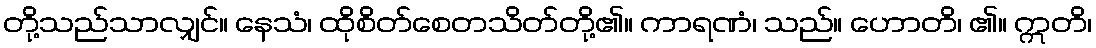
တို့သည်သာလျှင်။ နေသံ၊ ထိုစိတ်စေတသိတ်တို့၏။ ကာရဏံ၊ သည်။ ဟောတိ၊ ၏။ ဣတိ၊